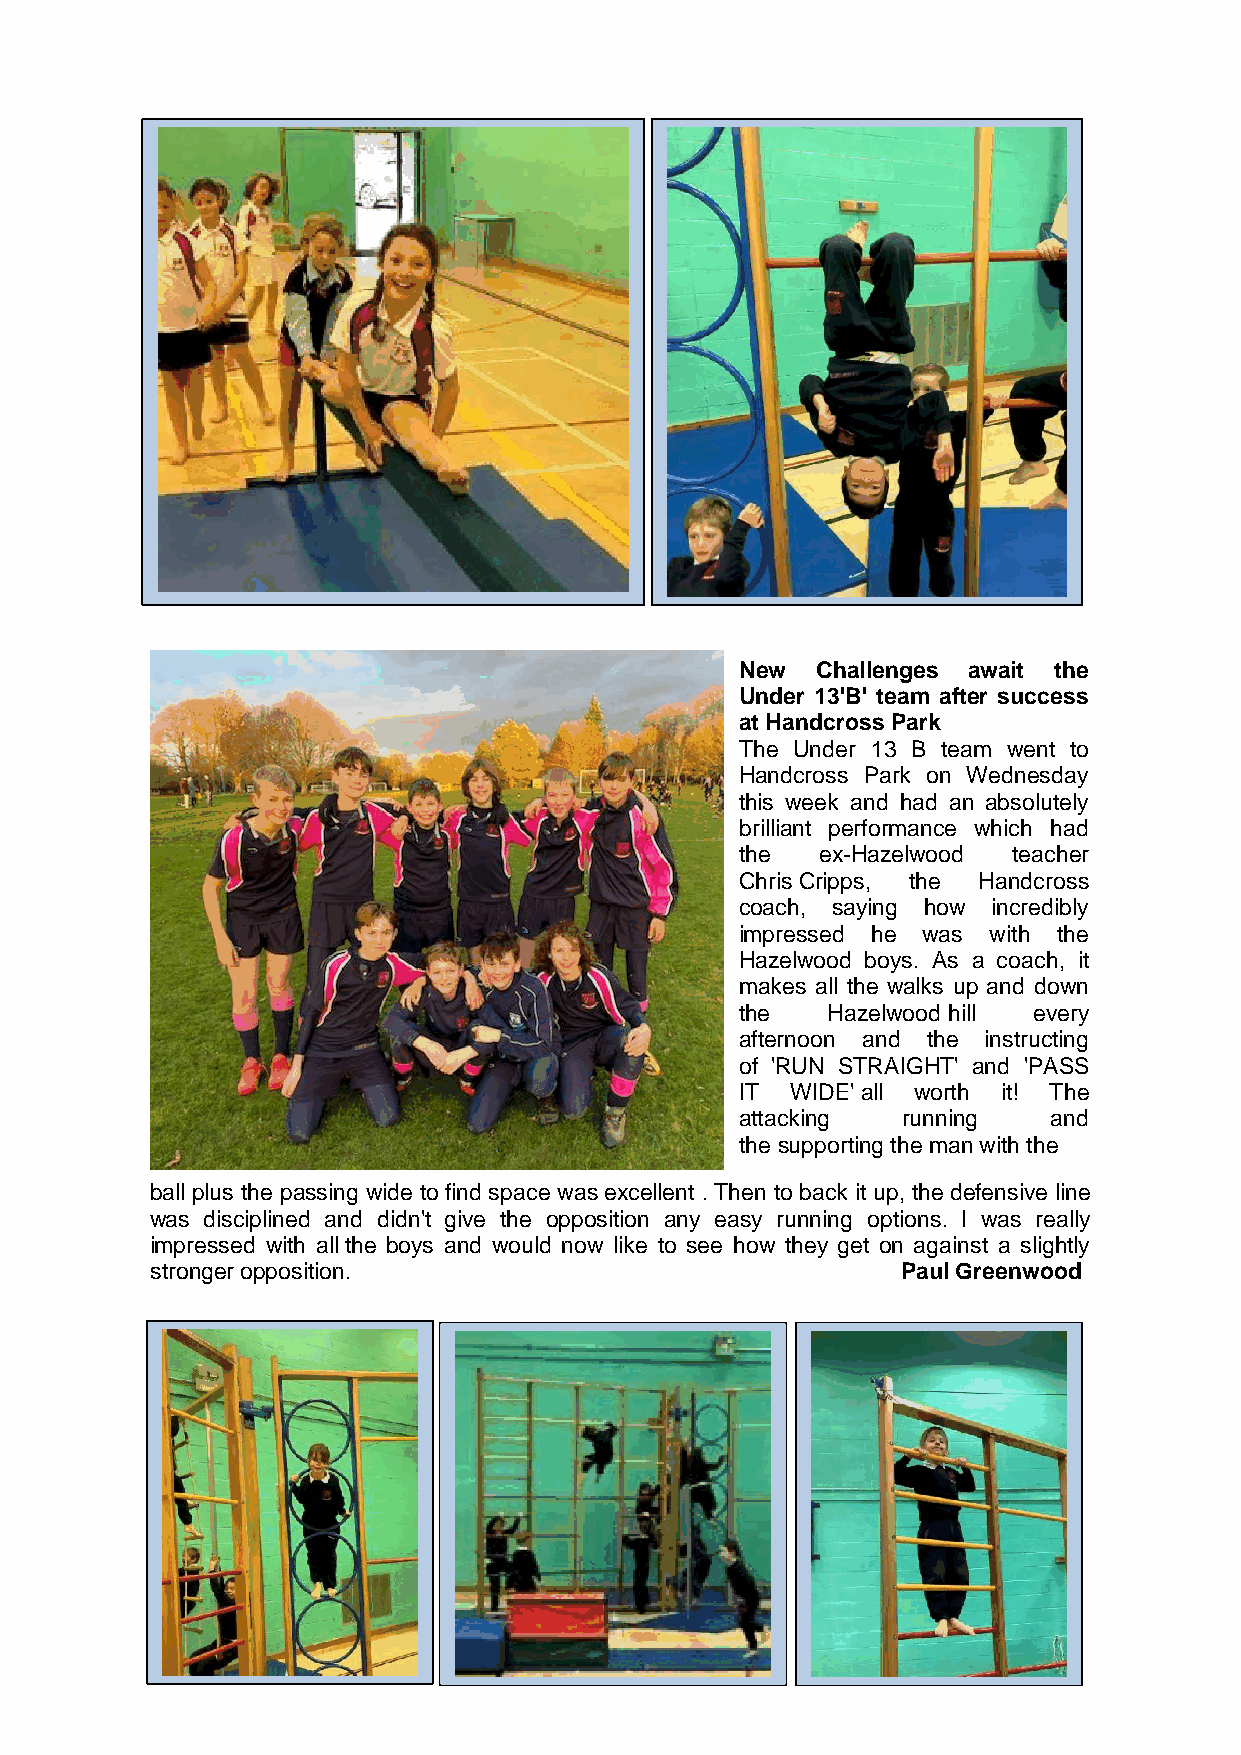
New  Challenges await the
 Under 13'B' team after success
 at Handcross Park
 The Under 13 B team went to
 Handcross Park on Wednesday
 this week and had an absolutely
 brilliant performance which had
 the  ex-Hazelwood teacher
 Chris Cripps, the Handcross
 coach, saying how incredibly
 impressed he was with the
 Hazelwood boys. As a coach, it
 makes all the walks up and down
 the   Hazelwood hill every
 afternoon and the instructing
 of 'RUN STRAIGHT' and 'PASS
 IT WIDE' all worth it! The
 attacking  running   and
 the supporting the man with the
 ball plus the passing wide to find space was excellent . Then to back it up, the defensive line
 was disciplined and didn't give the opposition any easy running options. I was really
 impressed with all the boys and would now like to see how they get on against a slightly
 stronger opposition.                              Paul Greenwood